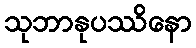
သုဘာနုပဿိနော